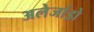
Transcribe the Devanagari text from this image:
अलेजांड्रो